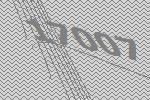
17007